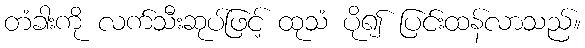
တံခါးကို လက်သီးဆုပ်ဖြင့် ထုသံ ပို၍ ပြင်းထန်လာသည်။